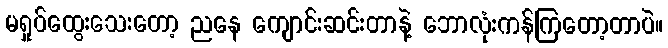
မရှုပ်ထွေးသေးတော့ ညနေ ကျောင်းဆင်းတာနဲ့ ဘောလုံးကန်ကြတော့တာပဲ။